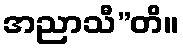
အညာသီ”တိ။